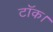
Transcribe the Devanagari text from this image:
टॉक।